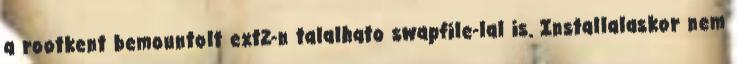
a rootkent bemountolt ext2-n talalhato swapfile-lal is. Installalaskor nem